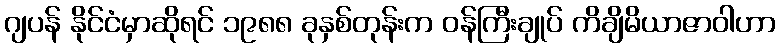
ဂျပန် နိုင်ငံမှာဆိုရင် ၁၉၈၈ ခုနှစ်တုန်းက ဝန်ကြီးချုပ် ကိချိမိယာဇာဝါဟာ